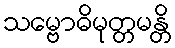
သမ္ဗောဓိမုတ္တမန္တိ